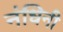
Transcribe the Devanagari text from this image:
नंधिनी